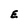
Character: E